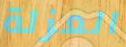
العزلة